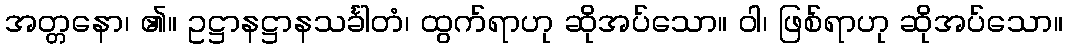
အတ္တနော၊ ၏။ ဥဋ္ဌာနဋ္ဌာနသင်္ခါတံ၊ ထွက်ရာဟု ဆိုအပ်သော။ ဝါ၊ ဖြစ်ရာဟု ဆိုအပ်သော။